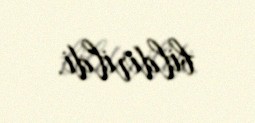
bildirildi.